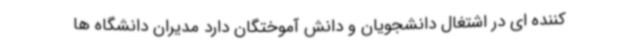
کننده ای در اشتغال دانشجویان و دانش آموختگان دارد مدیران دانشگاه ها